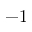
- 1